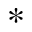
\ast